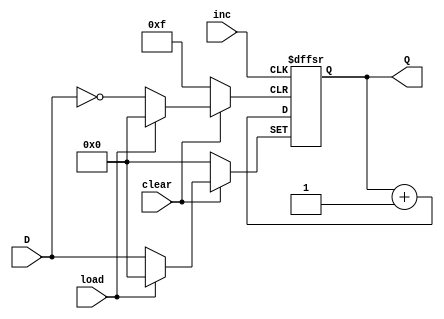
// N-bit binary up counter with load
module BinUp #(parameter N = 4) (
     input inc, clear, load,
	  input [N-1:0] D,
     output reg [N-1:0] Q								// Q is defined as an N-bit register
);                  			
     always @ (negedge inc, negedge clear, negedge load)
          if (clear==1'b0) Q = 0;       			// Q is loaded with all 0's
               else if (load==1'b0) Q = D;		// Q is loaded with D
						else Q = Q + 1'b1;            // Q is incremented
endmodule